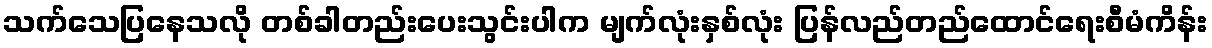
သက်သေပြနေသလို တစ်ခါတည်းပေးသွင်းပါက မျက်လုံးနှစ်လုံး ပြန်လည်တည်ထောင်ရေးစီမံကိန်း